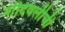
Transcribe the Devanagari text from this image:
नांदिवलीची